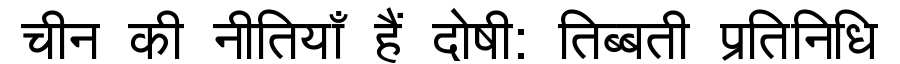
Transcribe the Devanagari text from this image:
चीन की नीतियाँ हैं दोषी: तिब्बती प्रतिनिधि